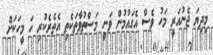
މިދިޔަ ޖެނުއަރީ މަހު ވެސް އެގައުމުން ވަނީ މަސްތުވާތަކެތި އެތެރެކުރި ހަ މީހަކަށް